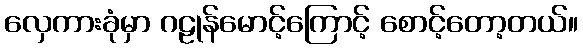
လှေကားခုံမှာ ဂဠုန်မောင့်ကြောင့် စောင့်တော့တယ်။